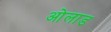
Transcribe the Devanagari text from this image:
ओलाड